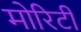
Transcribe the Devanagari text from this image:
मोरिटी